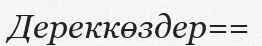
Дереккөздер==